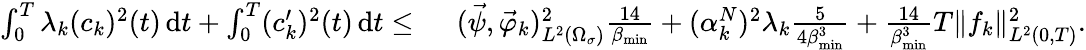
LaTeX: \begin{array}{rl}{\int_{0}^{T}\lambda_{k}(c_{k})^{2}(t)\, \mathrm dt+\int_{0}^{T}(c_{k}^{\prime})^{2}(t)\, \mathrm dt\leq\ }&{(\vec{\psi},\vec{\varphi}_{k})_{L^{2}(\Omega_{\sigma})}^{2}\frac{14}{\beta_{\operatorname*{min}}}+(\alpha_{k}^{N})^{2}\lambda_{k}\frac{5}{4\beta_{\operatorname*{min}}^{3}}+\frac{14}{\beta_{\operatorname*{min}}^{3}}T\| f_{k}\| _{L^{2}(0,T)}^{2}.}\end{array}